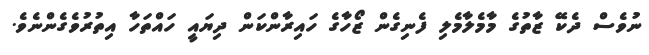
ނުވެސް ދެކޭ ޒާތުގެ މާމެލާމެލި ފެނިގެން ޒޯހާގެ ހައިރާންކަން ދިޔައީ ހައްތަހާ އިތުރުވެގެންނެވެ.